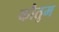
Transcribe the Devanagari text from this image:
कौतुम